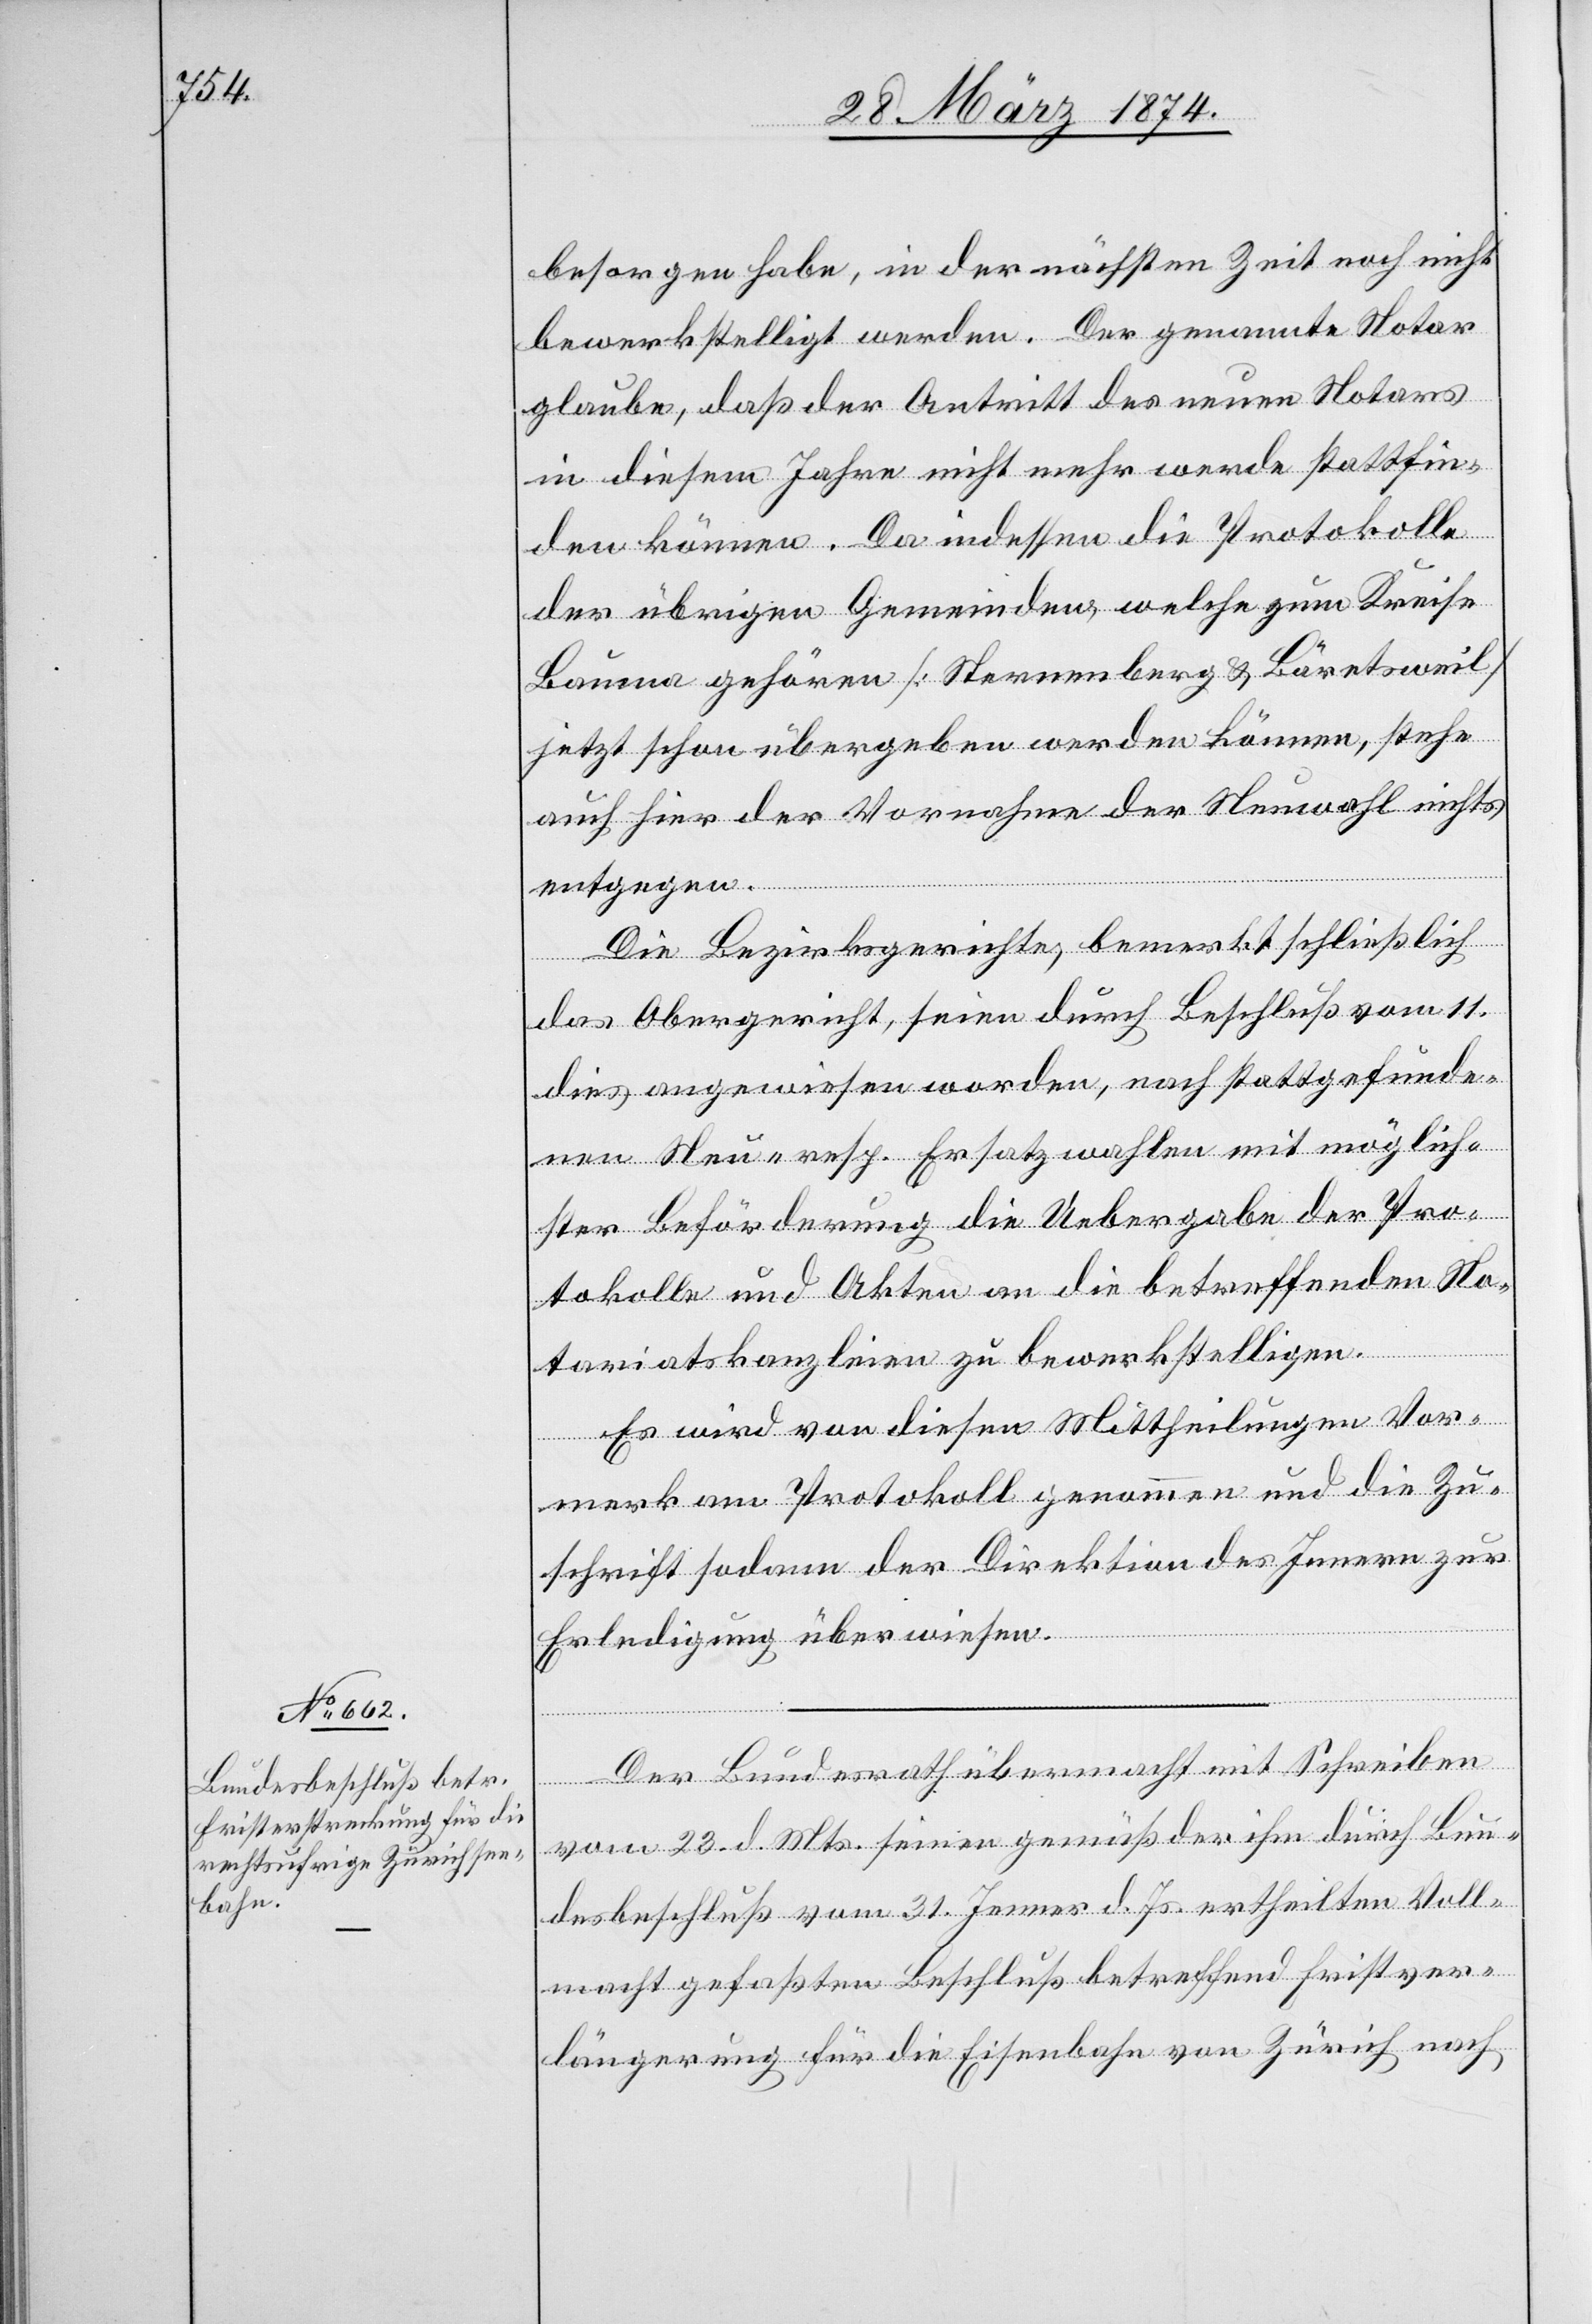
besorgen habe, in der nächsten Zeit noch nicht
bewerkstelligt werden. Der genannte Notar
glaube, daß der Antritt des neuen Notars
in diesem Jahre nicht mehr werde stattfin¬
den können. Da indessen die Protokolle
der übrigen Gemeinden welche zum Kreise
Bauma gehören [Sternenberg u. Bäretsweil]
jetzt schon übergeben werden können, stehe
auch hier der Vornahme der Neuwahl nichts
entgegen.
Die Bezirksgerichte, bemerkt schließlich
das Obergericht, seien durch Beschluß vom 11.
dies angewiesen worden, nach stattgefunde¬
nen Neu- resp. Ersatzwahlen mit möglich¬
ster Beförderung die Uebergabe der Pro¬
tokolle und Akten an die betreffenden No¬
tariatskanzleien zu bewerkstelligen.
Es wird von diesen Mittheilungen Vor¬
merk am Protokoll genommen und die Zu¬
schrift sodann der Direktion des Innern zur
Erledigung überwiesen.
Der Bundesrath übermacht mit Schreiben
vom 23. d. Mts. seinen gemäß der ihm durch Bun¬
desbeschluß vom 31. Jenner d. Js. ertheilten Voll¬
macht gefaßten Beschluß betreffend Fristver¬
längerung für die Eisenbahn von Zürich nach